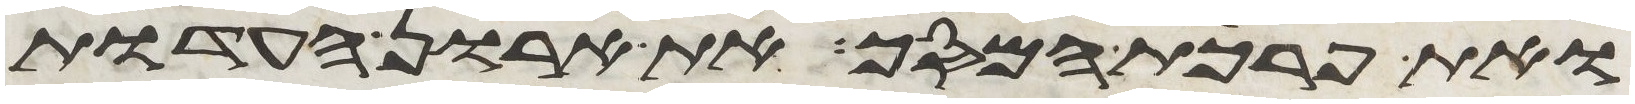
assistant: ואת פרכת המסך את ארון העדות